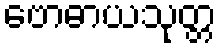
ဗောဓာယသုတ္တ